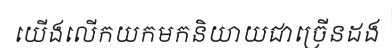
យើងលើកយកមកនិយាយជាច្រើនដង